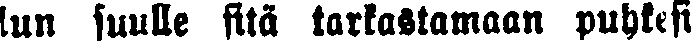
lun suulle sitä tarkastamaan puhkesi